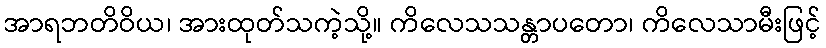
အာရဘတိဝိယ၊ အားထုတ်သကဲ့သို့။ ကိလေသသန္တာပတော၊ ကိလေသာမီးဖြင့်